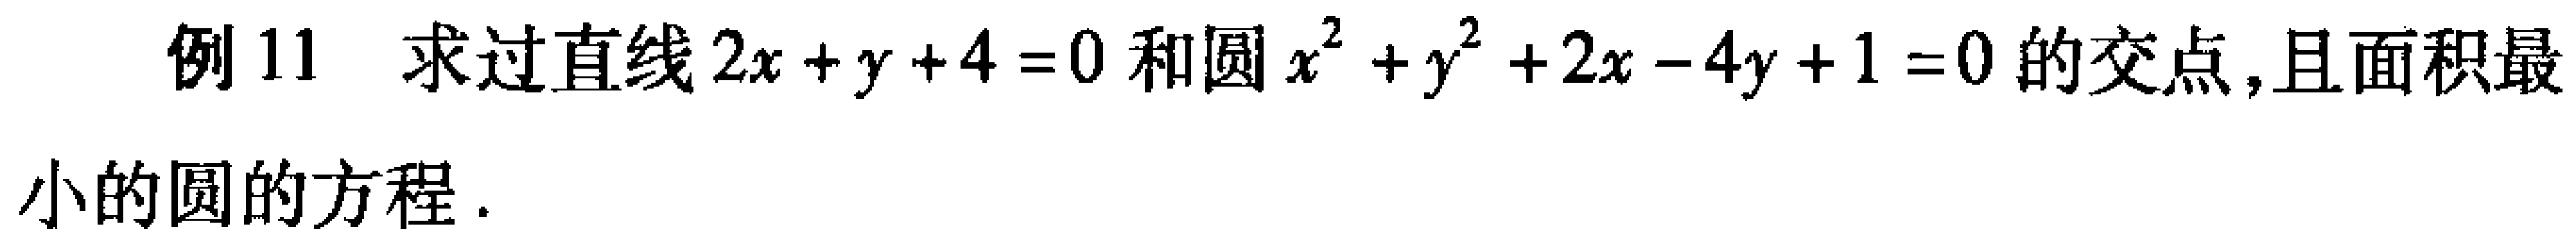
例11 求过直线\(2x + y + 4 = 0\)和圆\(x^{2} + y^{2} + 2x - 4y + 1 = 0\)的交点,且面积最
小的圆的方程.